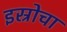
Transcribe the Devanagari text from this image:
इस्रोचा